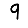
Digit: 9